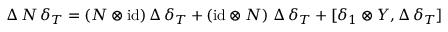
\Delta \, N \, \delta _ { T } = ( N \otimes \mathrm { i d } ) \, \Delta \, \delta _ { T } + ( \mathrm { i d } \otimes N ) \, \, \Delta \, \delta _ { T } + [ \delta _ { 1 } \otimes Y , \Delta \, \delta _ { T } ]